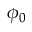
\phi _ { 0 }